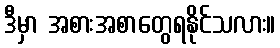
ဒီမှာ အစားအစာတွေရနိုင်သလား။